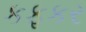
કફકર